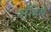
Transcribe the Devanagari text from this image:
क्षत्रिये